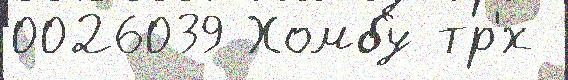
0026039 Хомбу тр'́х